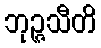
ဘုဉ္ဇသီတိ